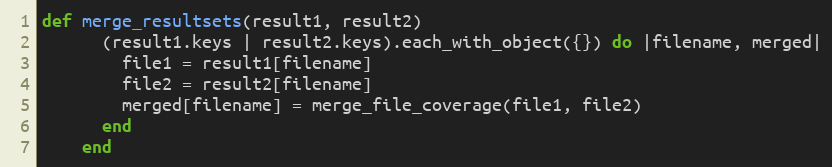
Language: Ruby
def merge_resultsets(result1, result2)
      (result1.keys | result2.keys).each_with_object({}) do |filename, merged|
        file1 = result1[filename]
        file2 = result2[filename]
        merged[filename] = merge_file_coverage(file1, file2)
      end
    end